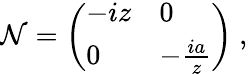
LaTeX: {\cal N}=\left(\begin{array}{ll}{{-iz}}&{{0}}\\ {{0}}&{{-\frac{ia}{z}}}\end{array}\right)\ ,